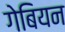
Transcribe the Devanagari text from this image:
गेबियन